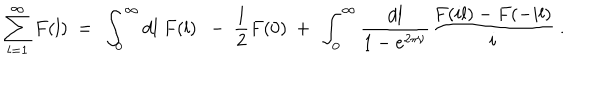
\sum _ { l = 1 } ^ { \infty } F ( l ) \ = \ \int _ { 0 } ^ { \infty } d l \ F ( l ) \ \ - \ \frac 1 2 F ( 0 ) \ + \ \int _ { 0 } ^ { \infty } \frac { d l } { 1 - e ^ { 2 \pi \nu } } \frac { F ( i l ) - F ( - i l ) } { i } \ .